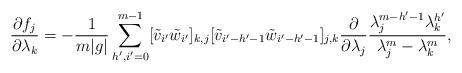
LaTeX: \begin{align*}\frac{\partial f_j}{\partial \lambda_k}=-\frac{1}{m|g|}\sum_{h',i'=0}^{m-1}[\tilde{v}_{i'}\tilde{w}_{i'}]_{k,j}[\tilde{v}_{i'-h'-1}\tilde{w}_{i'-h'-1}]_{j,k}\frac{\partial}{\partial\lambda_j}\frac{\lambda_j^{m-h'-1}\lambda_k^{h'}}{\lambda_j^m-\lambda_k^m},\end{align*}